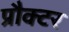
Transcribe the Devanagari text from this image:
प्रौक्टर